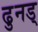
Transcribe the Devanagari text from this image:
ढुनड्